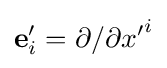
\mathbf {e} '_{i}={\partial }/{\partial {x'}^{i}}